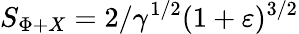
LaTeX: S_{\Phi+X}=2/\gamma^{1/2}(1+\varepsilon)^{3/2}